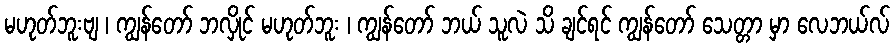
မဟုတ်ဘူးဗျ ၊ ကျွန်တော် ဘလှိုင် မဟုတ်ဘူး ၊ ကျွန်တော် ဘယ် သူလဲ သိ ချင်ရင် ကျွန်တော် သေတ္တာ မှာ လေဘယ်လ်